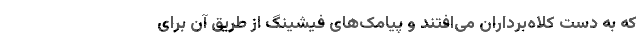
که به دست کلاه‌برداران می‌افتند و پیامک‌های فیشینگ از طریق آن برای